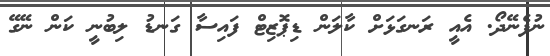
ނުފެނޭދޯ. އެއީ ރަނގަޅަށް ކާލަން ޑިޕޮޒިޓް ފައިސާ ގަނޑު ލިބުނީ ކަން ނޭގޭ